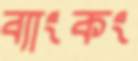
ব্যাংকং